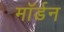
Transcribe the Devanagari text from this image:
माॅर्डन